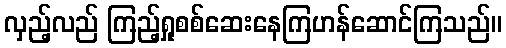
လှည့်လည် ကြည့်ရှုစစ်ဆေးနေကြဟန်ဆောင်ကြသည်။